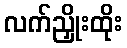
လက်ညှိုးထိုး